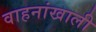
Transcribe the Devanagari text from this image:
वाहनांखाली